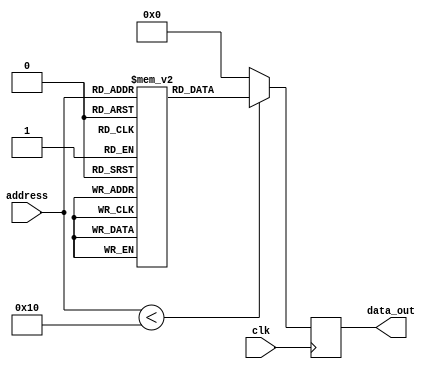
module parameterized_rom #(
    parameter DATA_WIDTH = 8,    // Width of each data word
    parameter ADDR_WIDTH = 4      // Number of address lines
) (
    input  wire [ADDR_WIDTH-1:0] address,  // Address input
    input  wire clk,                       // Clock input
    output reg  [DATA_WIDTH-1:0] data_out  // Data output
);

    // Internal memory storage
    reg [DATA_WIDTH-1:0] rom [(2**ADDR_WIDTH)-1:0];

    // Initialization of ROM contents
    initial begin
        // Example initialization - modify as needed
        rom[0] = 8'h00;
        rom[1] = 8'h01;
        rom[2] = 8'h02;
        rom[3] = 8'h03;
        rom[4] = 8'h04;
        rom[5] = 8'h05;
        rom[6] = 8'h06;
        rom[7] = 8'h07;
        rom[8] = 8'h08;
        rom[9] = 8'h09;
        rom[10] = 8'h0A;
        rom[11] = 8'h0B;
        rom[12] = 8'h0C;
        rom[13] = 8'h0D;
        rom[14] = 8'h0E;
        rom[15] = 8'h0F;
        // Add more initialization as needed
    end

    // Synchronous read operation
    always @(posedge clk) begin
        if (address < (2**ADDR_WIDTH)) begin
            data_out <= rom[address];  // Read data from ROM
        end else begin
            data_out <= {DATA_WIDTH{1'b0}}; // Default to zero if address is out of range
        end
    end

endmodule